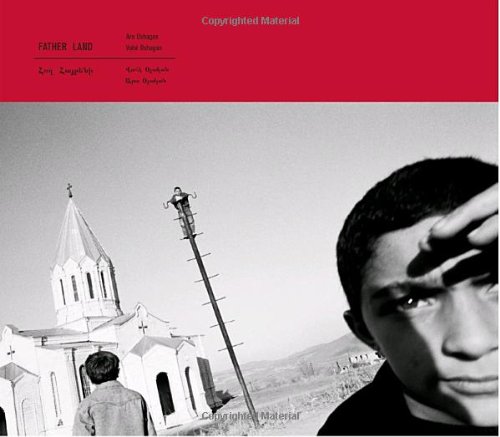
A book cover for Father Land; Vahe Oshagan; Travel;